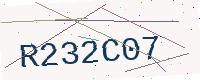
Text: R232C07